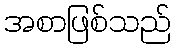
အစာဖြစ်သည်